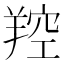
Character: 羫